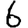
Digit: 6